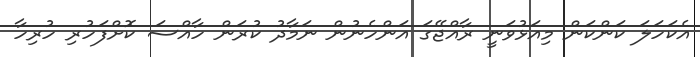
އެކަހަލަ ކަންކަން މިއަޅުވަނީ ރާއްޖޭގަ އަންހެނުން ނަމާދު ކުރަން ހާއްސަ ކޮށްފަހުރި ހުރިހާ